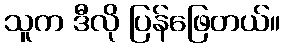
သူက ဒီလို ပြန်ဖြေတယ်။